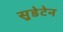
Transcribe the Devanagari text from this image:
सुडेटेन